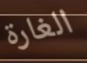
الغارة